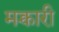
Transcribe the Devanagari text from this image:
मक्चारी